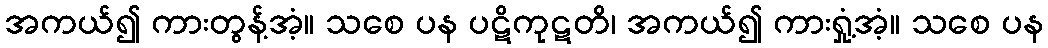
အကယ်၍ ကားတွန့်အံ့။ သစေ ပန ပဋိကုဋတိ၊ အကယ်၍ ကားရှုံ့အံ့။ သစေ ပန